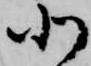
北